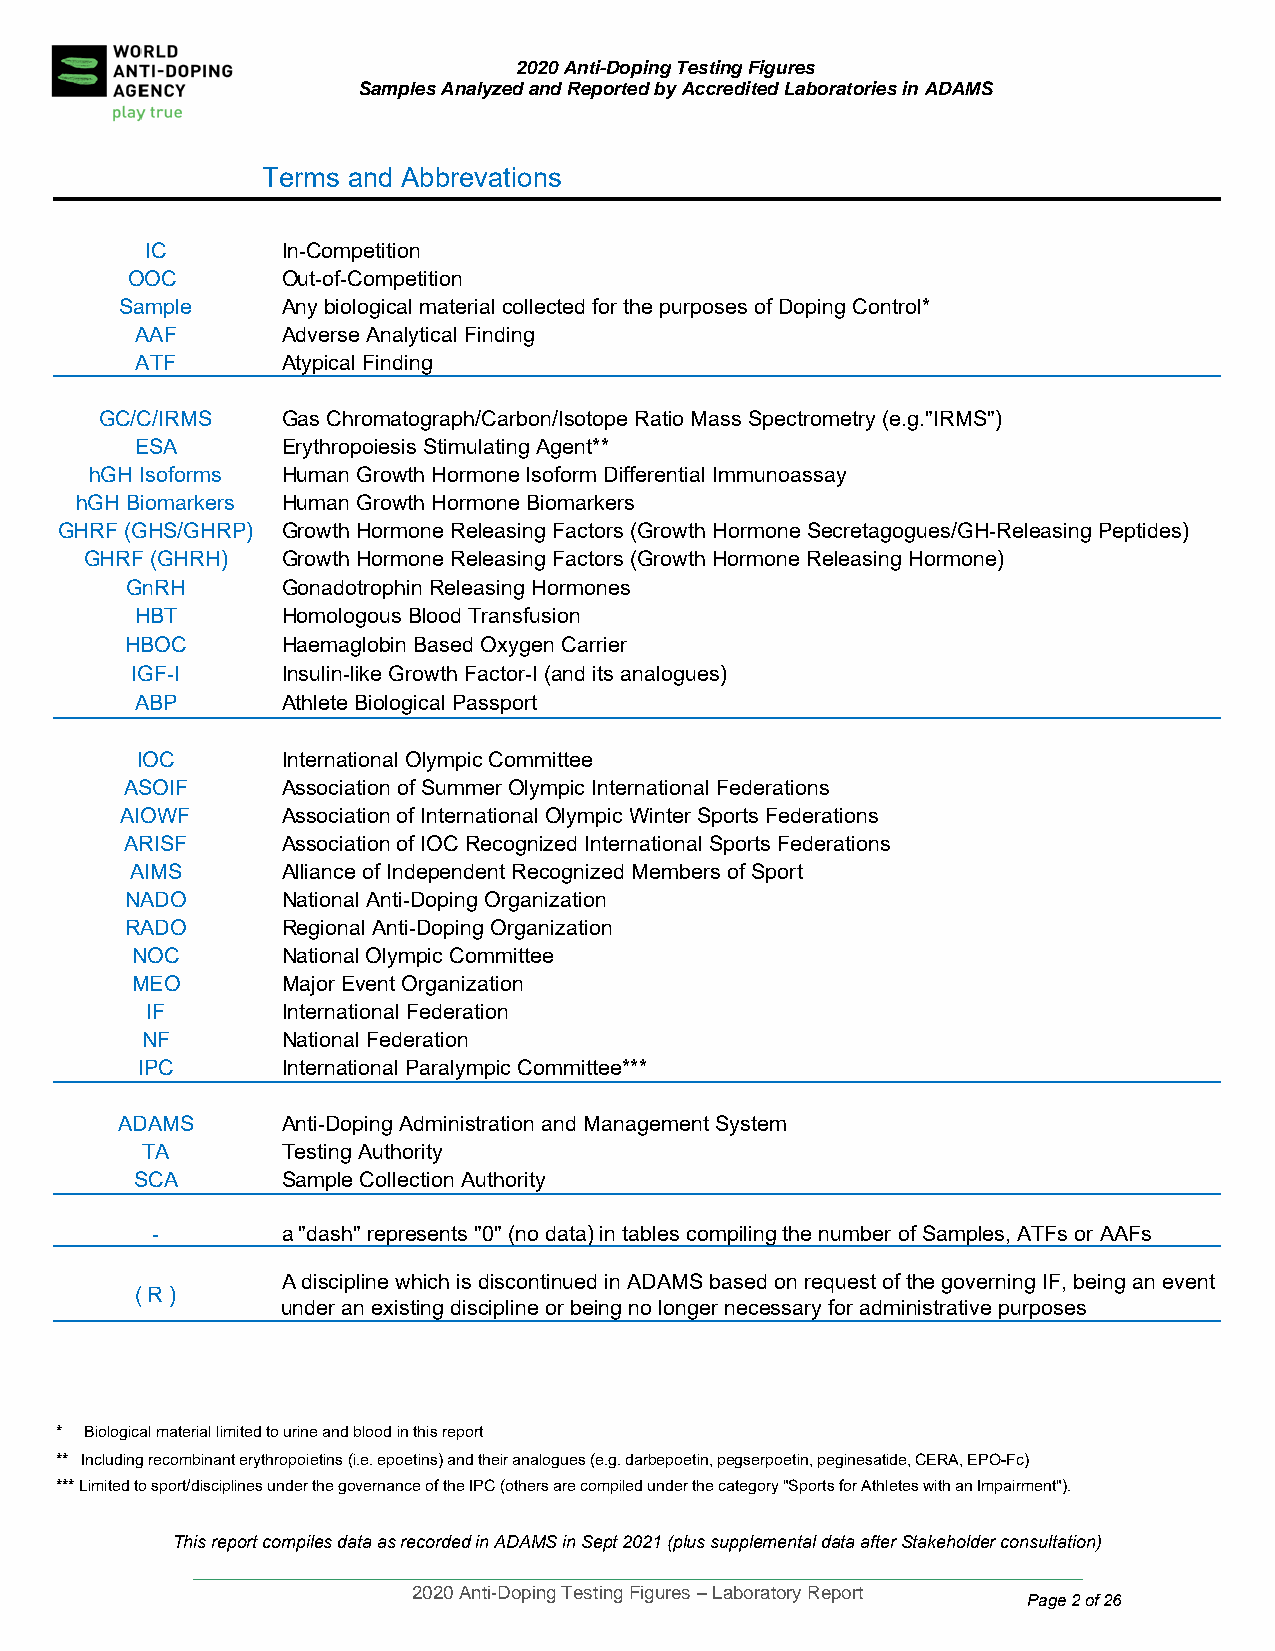
2020 Anti-Doping Testing Figures
 Samples Analyzed and Reported by Accredited Laboratories in ADAMS
 Terms and Abbrevations
 IC       In-Competition
 OOC        Out-of-Competition
 Sample     Any biological material collected for the purposes of Doping Control*
 AAF       Adverse Analytical Finding
 ATF       Atypical Finding
 GC/C/IRMS   Gas Chromatograph/Carbon/Isotope Ratio Mass Spectrometry (e.g."IRMS")
 ESA       Erythropoiesis Stimulating Agent**
 hGH Isoforms Human Growth Hormone Isoform Differential Immunoassay
 hGH Biomarkers Human Growth Hormone Biomarkers
 GHRF (GHS/GHRP) Growth Hormone Releasing Factors (Growth Hormone Secretagogues/GH-Releasing Peptides)
 GHRF (GHRH)  Growth Hormone Releasing Factors (Growth Hormone Releasing Hormone)
 GnRH       Gonadotrophin Releasing Hormones
 HBT       Homologous Blood Transfusion
 HBOC       Haemaglobin Based Oxygen Carrier
 IGF-I     Insulin-like Growth Factor-I (and its analogues)
 ABP       Athlete Biological Passport
 IOC       International Olympic Committee
 ASOIF      Association of Summer Olympic International Federations
 AIOWF      Association of International Olympic Winter Sports Federations
 ARISF      Association of IOC Recognized International Sports Federations
 AIMS      Alliance of Independent Recognized Members of Sport
 NADO       National Anti-Doping Organization
 RADO       Regional Anti-Doping Organization
 NOC       National Olympic Committee
 MEO       Major Event Organization
 IF       International Federation
 NF        National Federation
 IPC       International Paralympic Committee***
 ADAMS      Anti-Doping Administration and Management System
 TA        Testing Authority
 SCA       Sample Collection Authority
 -        a "dash" represen ts "0" (no data) in tables compiling the number of Samples, ATFs or AAFs
 A discipline which is discontinued in ADAMS based on request of the governing IF, being an event
 ( R )
 under an existing discipline or being no longer necessary for administrative purposes
 * Biological material limited to urine and blood in this report
 ** Including recombinant erythropoietins (i.e. epoetins) and their analogues (e.g. darbepoetin, pegserpoetin, peginesatide, CERA, EPO-Fc)
 *** Limited to sport/disciplines under the governance of the IPC (others are compiled under the category "Sports for Athletes with an Impairment").
 This report compiles data as recorded in ADAMS in Sept 2021 (plus supplemental data after Stakeholder consultation)
 ____________________________________________________________________________________
 2020 Anti-Doping Testing Figures – Laboratory Report
 Page 2 of 26